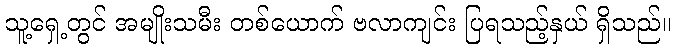
သူ့ရှေ့တွင် အမျိုးသမီး တစ်ယောက် ဗလာကျင်း ပြရသည့်နှယ် ရှိသည်။